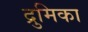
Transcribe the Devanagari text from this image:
द्रुमिका